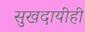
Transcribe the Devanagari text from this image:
सुखदायीही